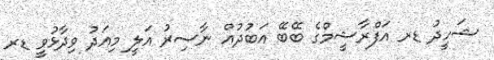
ޝަހީދު ޑރ އަފްރާޝީމްގެ ބޭބޭ އަބުދުއް ނާސިރު އަލީ މިއަދު ވިދާޅުވީ ޑރ